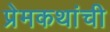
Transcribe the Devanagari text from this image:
प्रेमकथांची